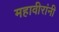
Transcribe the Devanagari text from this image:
महावीरांनी